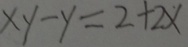
x y - y = 2 + 2 x